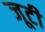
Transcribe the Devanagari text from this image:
जूटी